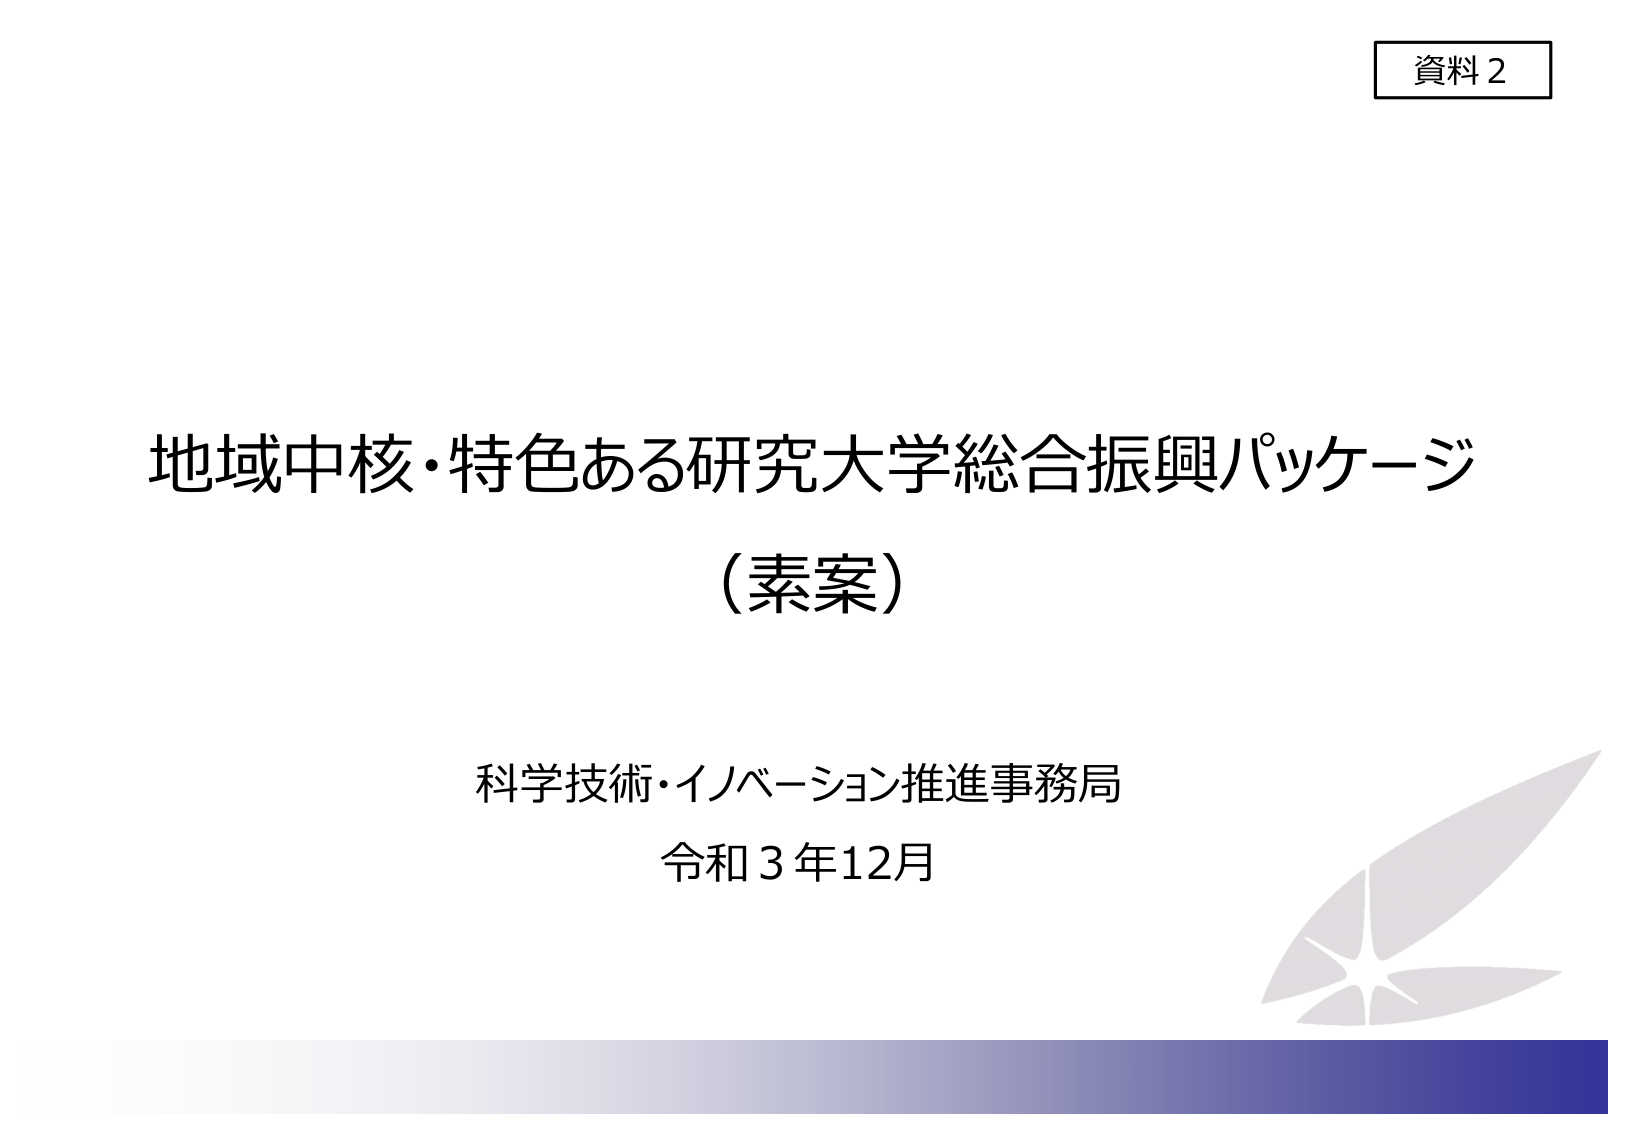
資料2
地域中核・特色ある研究大学総合振興パッケージ
（素案）
科学技術・イノベーション推進事務局
令和3年12月